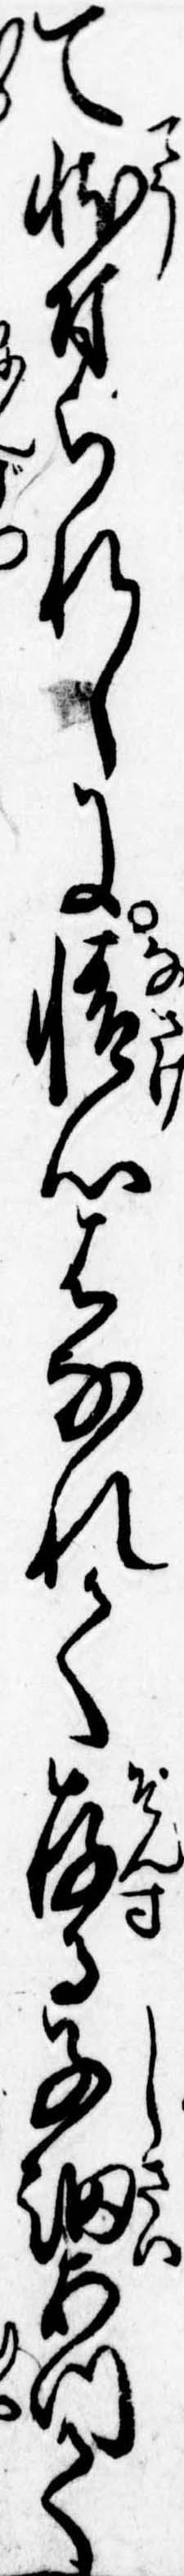
て状付られしに情心はなれて存る子細あつて